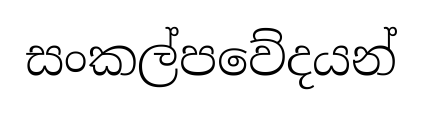
සංකල්පවේදයන්